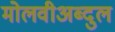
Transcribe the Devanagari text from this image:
मोलवीअब्दुल